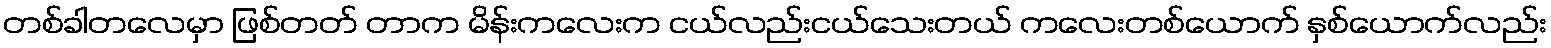
တစ်ခါတလေမှာ ဖြစ်တတ် တာက မိန်းကလေးက ငယ်လည်းငယ်သေးတယ် ကလေးတစ်ယောက် နှစ်ယောက်လည်း